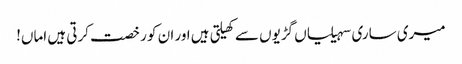
میری ساری سہیلیاں گڑیوں سے کھیلتی ہیں اور ان کو رخصت کرتی ہیں اماں!